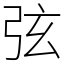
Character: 弦